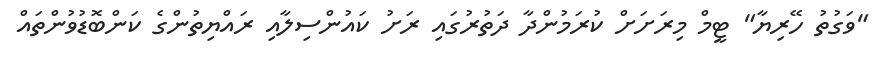
"ވަގުތު ހޭރިޔާ" ޓީމް މިރަށަށް ކުރަމުންދާ ދަތުރުގައި ރަށު ކައުންސިލާއި ރައްޔިތުންގެ ކަންބޮޑުވުންތައް